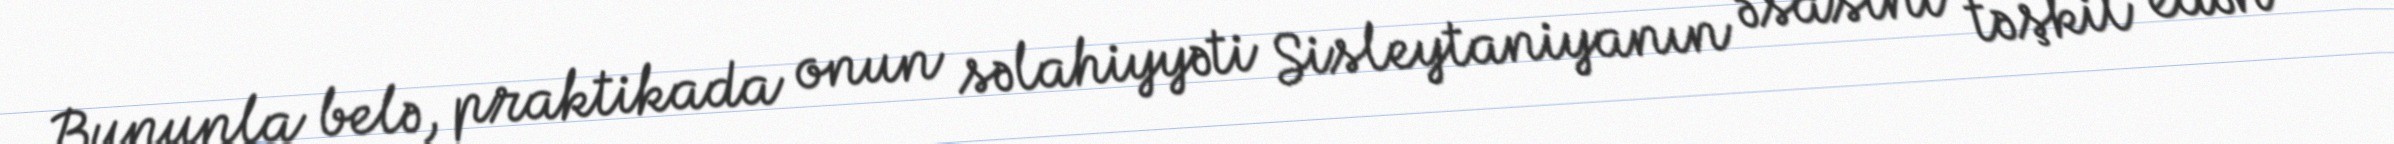
Bununla belə, praktikada onun səlahiyyəti Sisleytaniyanın əsasını təşkil edən